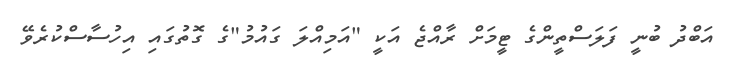
އަބްދު ބުނީ ފަލަސްތީންގެ ޓީމަށް ރާއްޖެ އަކީ "އަމިއްލަ ގައުމު"ގެ ގޮތުގައި އިހުސާސްކުރެވޭ